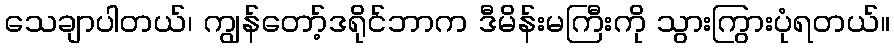
သေချာပါတယ်၊ ကျွန်တော့်ဒရိုင်ဘာက ဒီမိန်းမကြီးကို သွားကြွားပုံရတယ်။